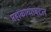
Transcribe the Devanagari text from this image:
महाकाव्याबद्दल